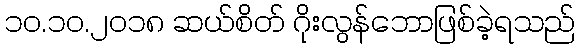
၁၀.၁၀.၂၀၁၈ ဆယ်စိတ် ဂိုးလွန်ဘောဖြစ်ခဲ့ရသည်